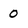
Character: 0